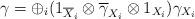
LaTeX: \begin{align*} \gamma = \oplus_i (1_{\overline{X}_i} \otimes \overline{\gamma}_{X_i} \otimes 1_{X_i})\gamma_{X_i}\end{align*}